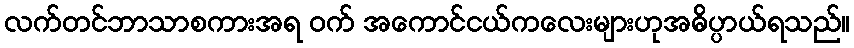
လက်တင်ဘာသာစကားအရ ဝက် အကောင်ငယ်ကလေးများဟုအဓိပ္ပာယ်ရသည်။